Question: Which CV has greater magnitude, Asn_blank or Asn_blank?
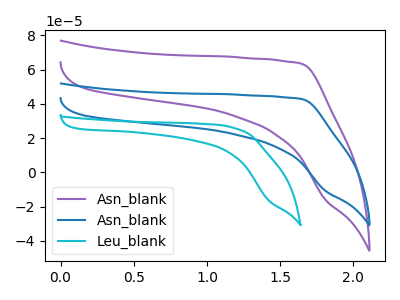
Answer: <think>The purple curve "Asn_blank" has no peaks. The blue curve "Asn_blank" has no peaks. The cyan curve "Leu_blank" has no peaks.
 Neither "Asn_blank" or "Asn_blank" have any peaks.</think>
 <answer>I cant tell if "Asn_blank" or "Asn_blank" has more signal.</answer>
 <eval>mixed_signal</eval>